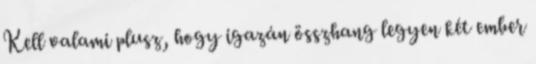
Kell valami plusz, hogy igazán összhang legyen két ember